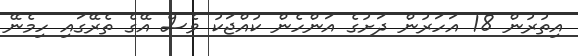
އިތުރުން 18 އަހަރުން ދަށުގެ އަންހެން ކުއްޖަކު ވެސް އޭގެ ތެރޭގައި ހިމެނޭ